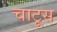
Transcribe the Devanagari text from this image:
चाटूस